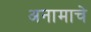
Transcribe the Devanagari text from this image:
अनामाचे